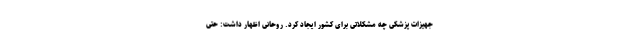
جهیزات پزشکی چه مشکلاتی برای کشور ایجاد کرد. روحانی اظهار داشت: حتی